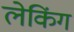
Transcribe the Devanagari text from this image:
लेकिंग